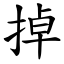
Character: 掉